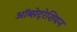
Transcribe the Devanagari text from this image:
ऑब्सेट्रेशियन